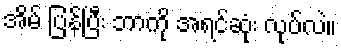
အိမ် ပြန်ပြီး ဘာကို အရင်ဆုံး လုပ်လဲ။